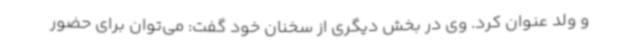
و ولد عنوان کرد. وی در بخش دیگری از سخنان خود گفت: می‌توان برای حضور